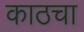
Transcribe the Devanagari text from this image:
काठचा